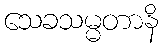
သေခသမ္မတာနိ